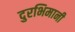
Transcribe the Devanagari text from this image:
दुरभिमानी